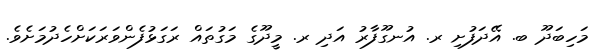
މަހިބަދޫ ބ. އޭދަފުށި ރ. އުނގޫފާރު އަދި ރ. މީދޫގެ މަގުތައް ރަގަޅުފެންވަރަކަށްހެދުމަށެވެ.